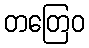
တတြေဝ